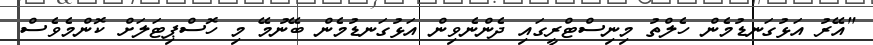
"އޭރު އަޅުގަނޑުމެން ހެލްތު މިނިސްޓްރީގައި ދެންނެވިން އަޅުގަނޑުމެން ބޭނުމޭ މި ހޮސްޕިޓަލަށް ކޮންމެވެސް